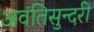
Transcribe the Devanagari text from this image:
अवंतिसुन्दरी